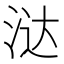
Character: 㳠